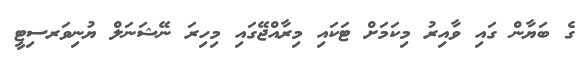
ގެ ބަޔާން ގައި ވާއިރު މިކަމަށް ޓަކައި މިރާއްޖޭގައި މިހިރަ ނޭޝަނަލް ޔުނިވަރސިޓީ